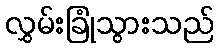
လွှမ်းခြုံသွားသည်